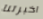
اخبرتنا